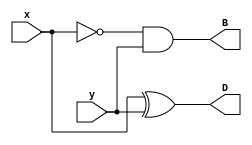
`timescale 1ns / 1ps
//////////////////////////////////////////////////////////////////////////////////
// Company: 
// Engineer: 
// 
// Design Name: 
// Module Name: Lab2_half_sub_gate_level(output D, B, input x, y)
// Project Name: 
// Target Devices: 
// Tool Versions: 
// Description: 
// 
// Dependencies: 
// 
// Revision:
// Revision 0.01 - File Created
// Additional Comments:
// 
//////////////////////////////////////////////////////////////////////////////////


module Lab2_half_sub_gate_level(
    x,
    y,
    B,
    D
    );
    
input x;
input y;
output B;
output D;


xor g1(D,x,y);
and g2(B,~x,y);

endmodule